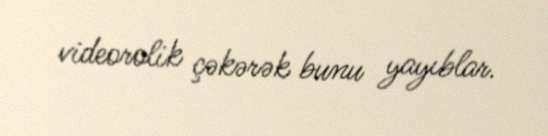
videorolik çəkərək bunu yayıblar.